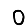
Digit: 0